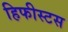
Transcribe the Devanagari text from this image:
हिफीस्टस